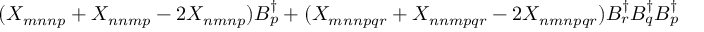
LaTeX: ( X _ { m n n p } + X _ { n n m p } - 2 X _ { n m n p } ) B _ { p } ^ { \dagger } + ( X _ { m n n p q r } + X _ { n n m p q r } - 2 X _ { n m n p q r } ) B _ { r } ^ { \dagger } B _ { q } ^ { \dagger } B _ { p } ^ { \dagger }